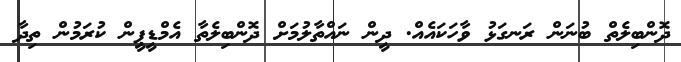
ދޮންބިލެތް ބުނަން ރަނގަޅު ވާހަކައެއް. ދީން ނައްތާލުމަށް ދޮންބިލެތާ އެމްޑީޕީން ކުރަމުން ތިދާ